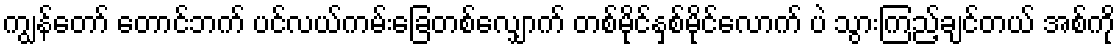
ကျွန်တော် တောင်ဘက် ပင်လယ်ကမ်းခြေတစ်လျှောက် တစ်မိုင်နှစ်မိုင်လောက် ပဲ သွားကြည့်ချင်တယ် အစ်ကို